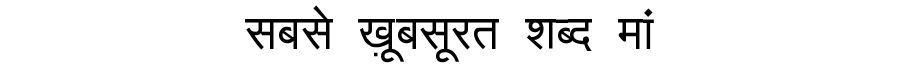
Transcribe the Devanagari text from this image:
सबसे ख़ूबसूरत शब्द मां